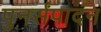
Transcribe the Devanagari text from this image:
पुनर्संपादन